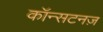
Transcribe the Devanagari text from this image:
कॉन्सटनज़